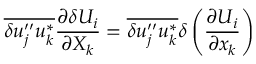
\overline { { { \delta u _ { j } ^ { \prime \prime } u _ { k } ^ { * } } } } \frac { \partial \delta U _ { i } } { \partial X _ { k } } = \overline { { { \delta u _ { j } ^ { \prime \prime } u _ { k } ^ { * } } } } \delta \left( \frac { \partial U _ { i } } { \partial x _ { k } } \right)